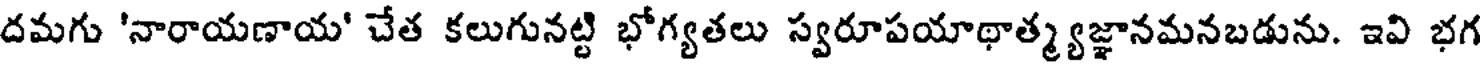
దమగు 'నారాయణాయ' చేత కలుగునట్టి భోగ్యతలు స్వరూపయాథాత్మ్యజ్ఞానమనబడును. ఇవి భగ